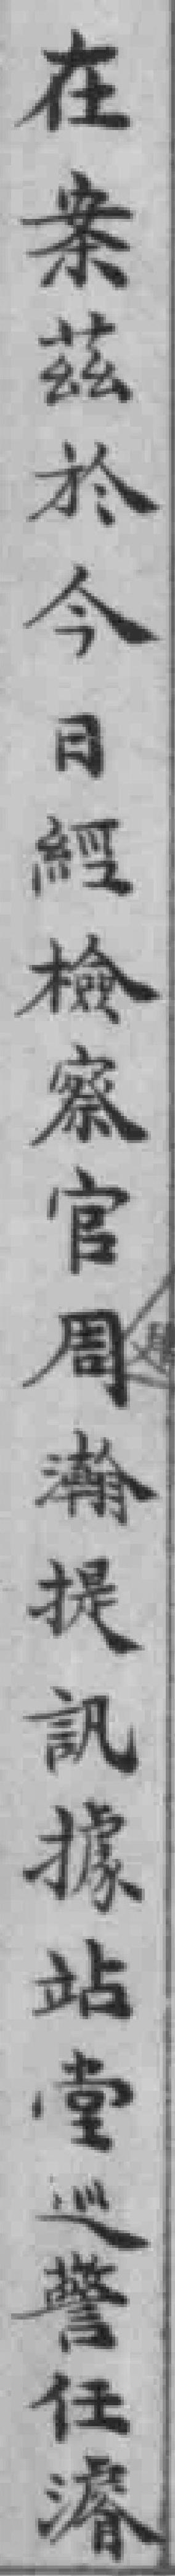
在案茲於今日經檢察官周瀚提訊據站堂巡警任濬